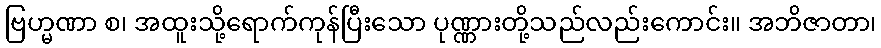
ဗြဟ္မဏာ စ၊ အထူးသို့ရောက်ကုန်ပြီးသော ပုဏ္ဏားတို့သည်လည်းကောင်း။ အဘိဇာတာ၊